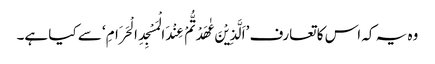
وہ یہ کہ اس کا تعارف ’اَلَّذِیْنَ عٰھَدْتُّمْ عِنْدَ الْمَسْجِدِ الْحَرَامِ‘ سے کیا ہے۔